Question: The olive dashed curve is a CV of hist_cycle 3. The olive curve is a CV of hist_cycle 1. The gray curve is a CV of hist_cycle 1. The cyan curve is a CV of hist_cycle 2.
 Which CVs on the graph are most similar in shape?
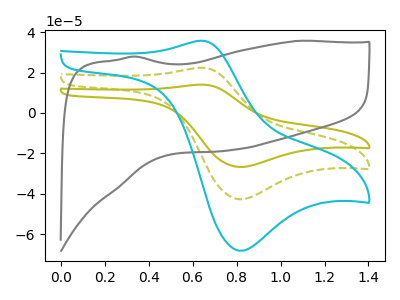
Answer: <think>The olive dashed curve "hist_cycle 3" has an anodic peak at (0.65V, 22.40uA) and a cathodic peak at (0.80V, -42.75uA). The olive curve "hist_cycle 1" has an anodic peak at (0.65V, 44.80uA) and a cathodic peak at (0.80V, -85.55uA). The gray curve "hist_cycle 1" has no peaks. The cyan curve "hist_cycle 2" has an anodic peak at (0.65V, 35.75uA) and a cathodic peak at (0.80V, -68.30uA).
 All the peaks in "hist_cycle 3" have a peak in "hist_cycle 1" at the same potential. Every peak in "hist_cycle 3" is lower than every peak in "hist_cycle 1". "hist_cycle 3" and "hist_cycle 1" have a different number of peaks. All the peaks in "hist_cycle 3" have a peak in "hist_cycle 2" at the same potential. Every peak in "hist_cycle 3" is lower than every peak in "hist_cycle 2". "hist_cycle 1" and "hist_cycle 1" have a different number of peaks. All the peaks in "hist_cycle 1" have a peak in "hist_cycle 2" at the same potential. Every peak in "hist_cycle 1" is higher than every peak in "hist_cycle 2". "hist_cycle 1" and "hist_cycle 2" have a different number of peaks.</think>
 <answer>"hist_cycle 2", "hist_cycle 3" and "hist_cycle 1" have the same shape and are likely CV's of the same chemical.</answer>
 <eval>"hist_cycle 2" "hist_cycle 3" "hist_cycle 1"</eval>